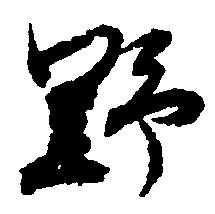
野